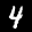
Label: 4